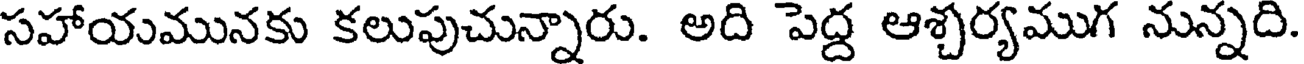
సహాయమునకు కలుపుచున్నారు. అది పెద్ద ఆశ్చర్యముగ నున్నది.